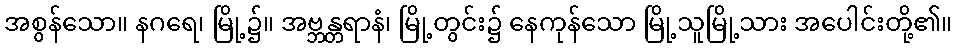
အစွန်သော။ နဂရေ၊ မြို့၌။ အဗ္ဘန္တရာနံ၊ မြို့တွင်း၌ နေကုန်သော မြို့သူမြို့သား အပေါင်းတို့၏။